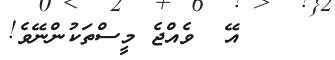
އޭ  ވެއްޖެ މީސްތަކުންނޭވެ!